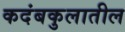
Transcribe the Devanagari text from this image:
कदंबकुलातील